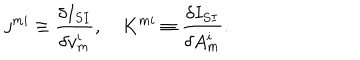
j ^ { m i } \equiv \frac { \delta I _ { S I } } { \delta v _ { m } ^ { i } } , \quad K ^ { m i } \equiv \frac { \delta I _ { S I } } { \delta A _ { m } ^ { i } } .